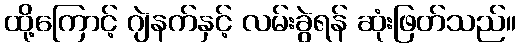
ထို့ကြောင့် ဂျဲနက်နှင့် လမ်းခွဲရန် ဆုံးဖြတ်သည်။